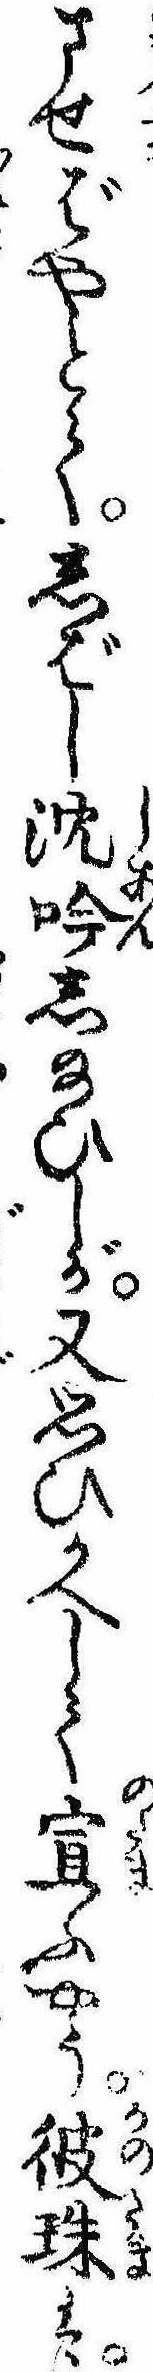
させばやとてしばし沈吟し給ひしが又思ひかへして宣ふやう彼珠は